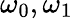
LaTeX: \omega_{0},\omega_{1}